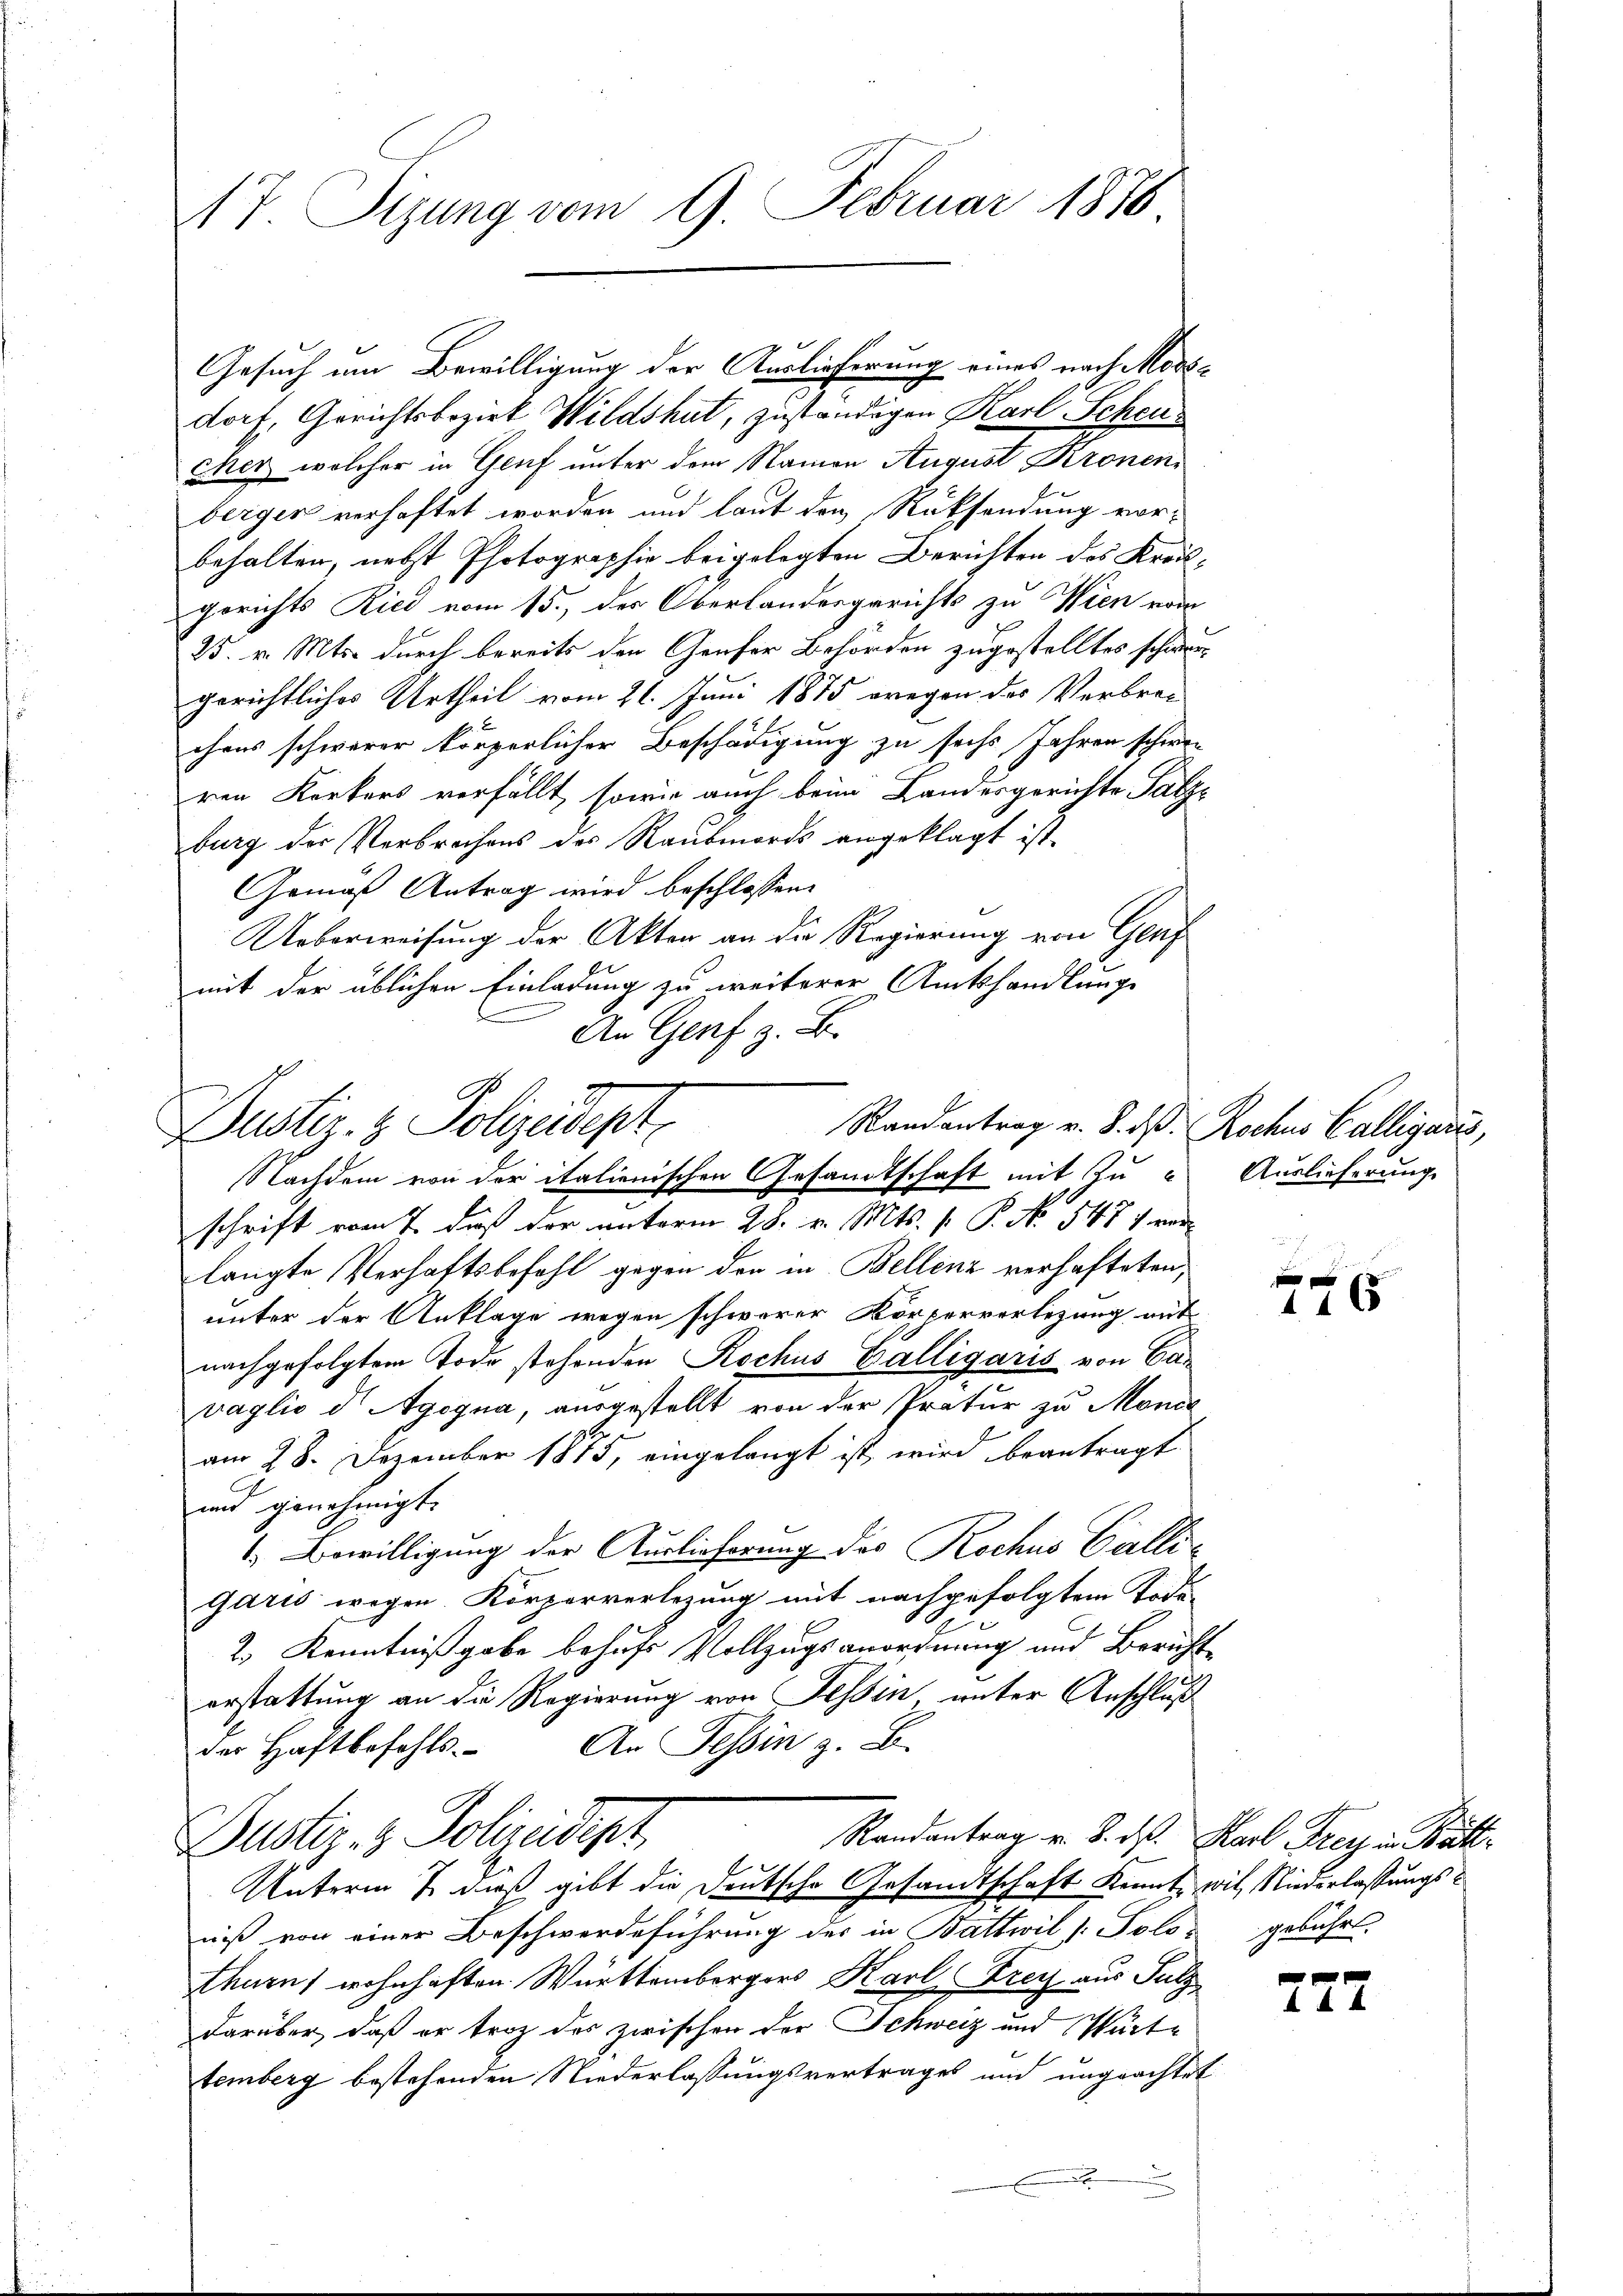
17. Sizung vom 9. Februar 1870

Gesuch um Bewilligung der Auslieferung eines nach Mordorf, Gerichtsbezirk Wildshut, zuständigen Karl Scheu¬
Eher, welcher in Genf unter dem Namen August Kronen
berger verhaftet worden und laut den Rücksendung vor-
behalten, nebst Photographie beigelegten Berichten des Kreisgerichts Ried vom 15., der Oberlandesgerichts zu Wien vom
25. v. Mts. durch bereits den Genfer Behörden zugestelltes schwergerichtliches Urtheil vom 21. Juni 1875 wegen der Verbrei-
chres schwerer körperlicher Beschädigung zu sechs Jahren schwer
ren Kerkers verfällt, sowie auch beim Landesgerichte Patze
burg der Verbrechens des Raubmords angeklagt ist.
Gemäß Antrag wird beschlossen:
Ueberweisung der Akten an die Regierung von Genf
mit der üblichen Einladung zu weiterer Amtshandlunge
An Genf z. B.

e
Randantrag v. 8. d. Rochus Calligaris,
Duster- & Polizeisept
Nachdem von der italienischen Gesandtschaft mit Zu- Auslieferung

schrift vom 7. daß der unterm 28. v. Mts. v. P. No. 547 rede
langte Verhaftsbefehl gegen den in Bellenz verhafteten,
unter der Anklage wegen schwerer Körperverlegung auf
nachgefolgtem Tode stehenden Rochus Balligaris von Can
vaglio d Agogna, ausgestellt von der Pratur zu Monde
G
am 28. Dezember 1815, eingelangt ist wird beantragt
und genehmigt.
1. Bewilligung der Auslieferung des Rochus Galli-
Garis wegen Körperverlegung mit nachgefolgtem Tode-
2.) Kenntnißgabe behufs Vollzugsanordnung und Bericht
erstattung an die Regierung von Tessin, unter Anschluß
der Haftbefehls. An Tessin z. B.

Unterm 7. dieß gibt die Deutsche Gesandtschaft konnte wil, Niederlassungsniß von einer Beschwerdeführung des in Battwil /: Polos gebührt.
thurns wohnhaften Württembergers Karl Frey aus Sulz
darüber, daß er troz des zwischen der Schweiz und Wärte
temberg bestehenden Niederlassungsvertrages und ungeachtet
e

Randantrag v. 3. ds. Karl Frey in Bätt¬
Dustiz- & Polizeidept,

xx
6

727